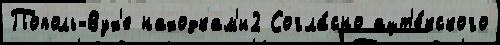
Пополь-Вух'е находкам'и2 Согла́сно ацт'е́кского